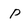
Character: P